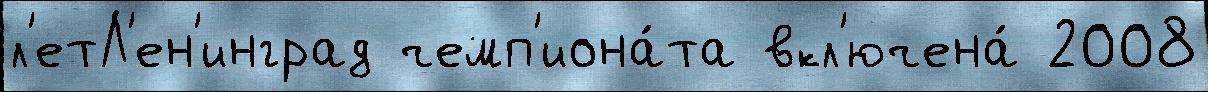
л'етЛ'ен'инград чемп'иона́та вкл'ючена́ 2008